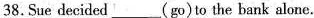
38.Sue decided ___ (go)to the bank alone.